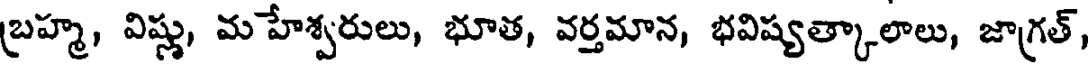
బ్రహ్మ, విష్ణు, మహేశ్వరులు, భూత, వర్తమాన, భవిష్యత్కాలాలు, జాగ్రత్,